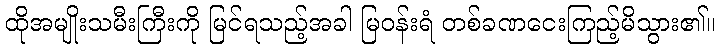
ထိုအမျိုးသမီးကြီးကို မြင်ရသည့်အခါ မြဝန်းရံ တစ်ခဏငေးကြည့်မိသွား၏။